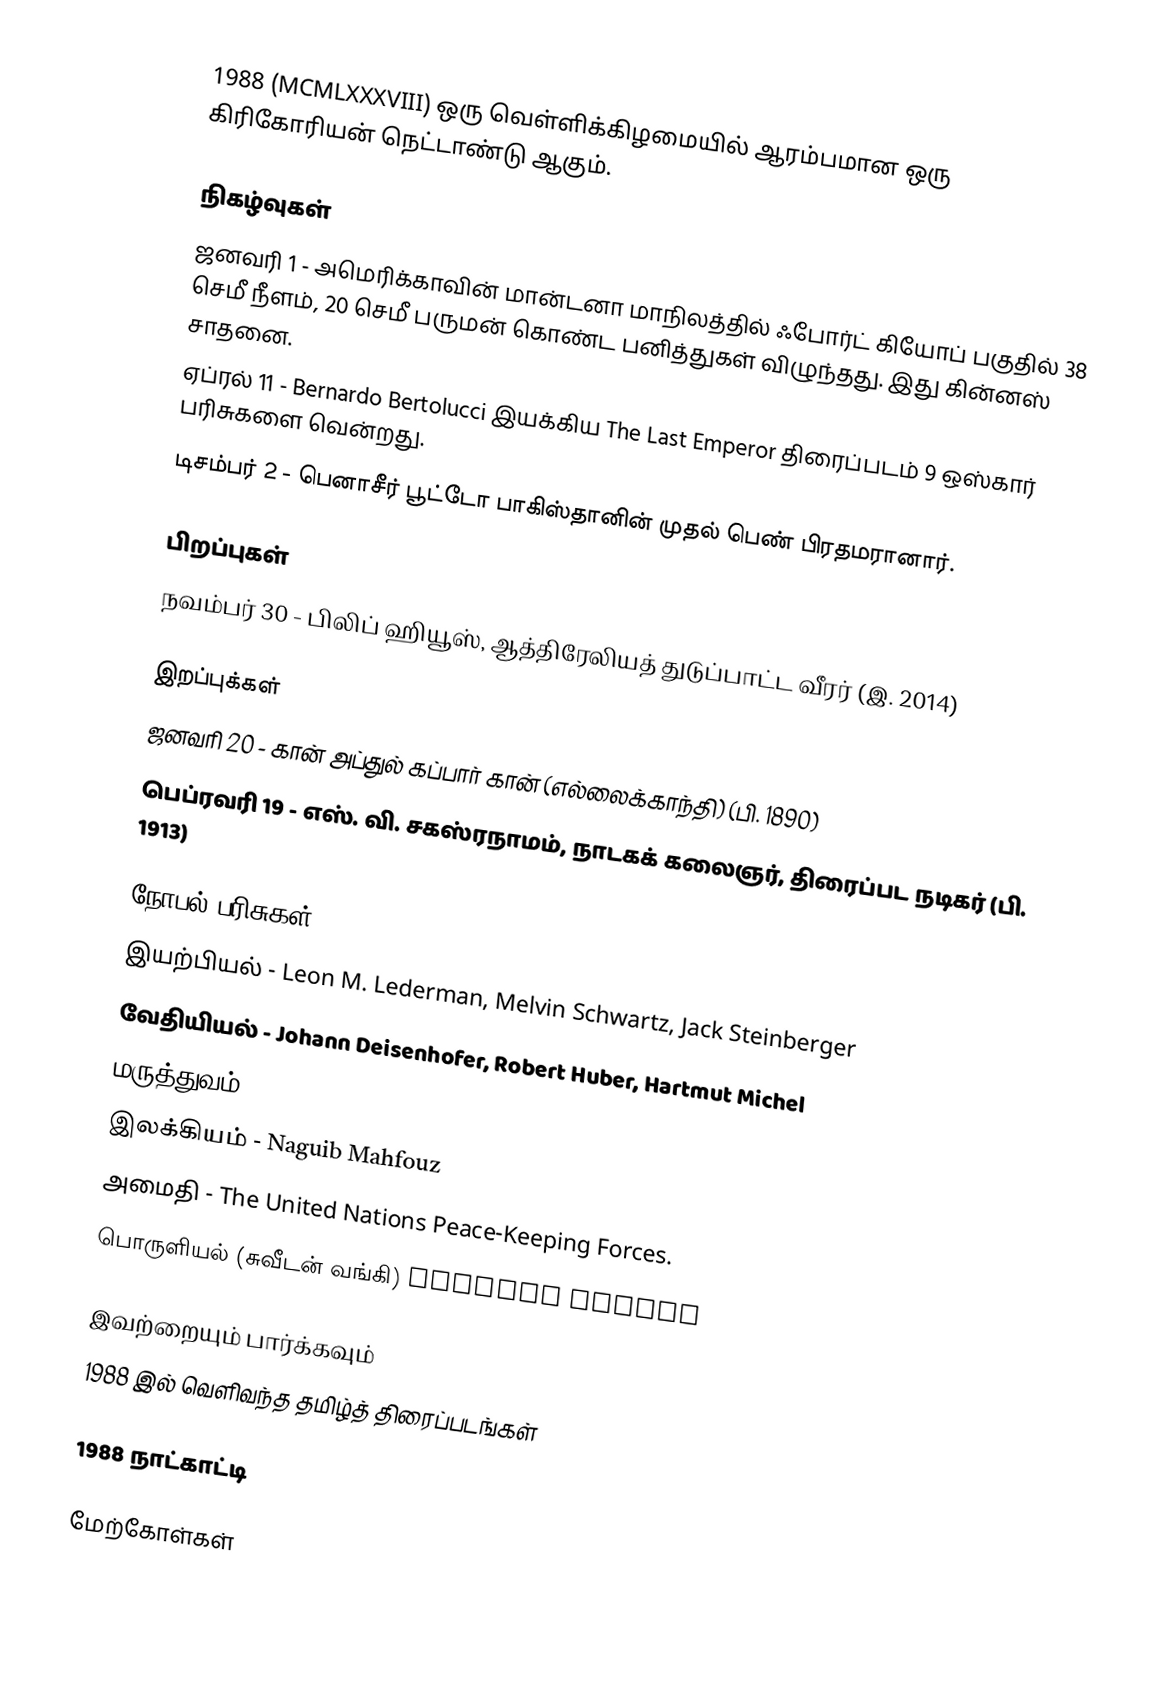
1988  (MCMLXXXVIII) ஒரு வெள்ளிக்கிழமையில் ஆரம்பமான ஒரு கிரிகோரியன் நெட்டாண்டு ஆகும்.

நிகழ்வுகள்
 ஜனவரி 1 - அமெரிக்காவின் மான்டனா மாநிலத்தில் ஃபோர்ட் கியோப் பகுதில் 38 செமீ நீளம், 20 செமீ பருமன் கொண்ட பனித்துகள் விழுந்தது. இது கின்னஸ் சாதனை.
 ஏப்ரல் 11 - Bernardo Bertolucci இயக்கிய The Last Emperor திரைப்படம் 9 ஒஸ்கார் பரிசுகளை வென்றது.
 டிசம்பர் 2 - பெனாசீர் பூட்டோ பாகிஸ்தானின் முதல் பெண் பிரதமரானார்.

பிறப்புகள்
 நவம்பர் 30 - பிலிப் ஹியூஸ், ஆத்திரேலியத் துடுப்பாட்ட வீரர் (இ. 2014)

இறப்புக்கள்
 ஜனவரி 20 - கான் அப்துல் கப்பார் கான் (எல்லைக்காந்தி) (பி. 1890)
 பெப்ரவரி 19 - எஸ். வி. சகஸ்ரநாமம், நாடகக் கலைஞர், திரைப்பட நடிகர் (பி. 1913)

நோபல் பரிசுகள்
 இயற்பியல் - Leon M. Lederman, Melvin Schwartz, Jack Steinberger
 வேதியியல் - Johann Deisenhofer, Robert Huber, Hartmut Michel
 மருத்துவம் - Sir James W. Black, Gertrude B. Elion, George H. Hitchings
 இலக்கியம் - Naguib Mahfouz
 அமைதி - The United Nations Peace-Keeping Forces.
 பொருளியல் (சுவீடன் வங்கி) Maurice Allais

இவற்றையும் பார்க்கவும்
 1988 இல் வெளிவந்த தமிழ்த் திரைப்படங்கள்

1988 நாட்காட்டி

மேற்கோள்கள்